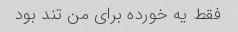
فقط یه خورده برای من تند بود